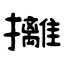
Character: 攡